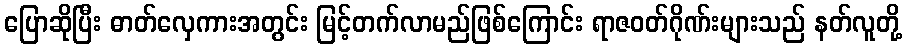
ပြောဆိုပြီး ဓာတ်လှေကားအတွင်း မြင့်တက်လာမည်ဖြစ်ကြောင်း ရာဇဝတ်ဂိုဏ်းများသည် နတ်လူတို့